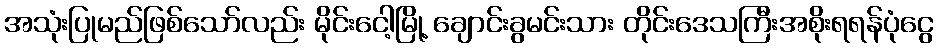
အသုံးပြုမည်ဖြစ်သော်လည်း မိုင်းငေါ့မြို့ ချောင်းခွမင်းသား တိုင်းဒေသကြီးအစိုးရရန်ပုံငွေ